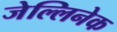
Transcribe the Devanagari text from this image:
जेल्लिनेक